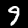
Label: 9